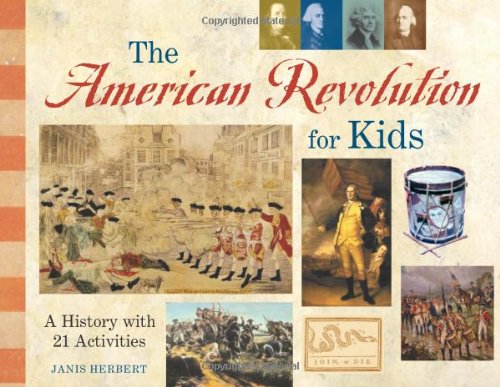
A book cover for The American Revolution for Kids: A History with 21 Activities (For Kids series); Janis Herbert; Children's Books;